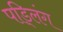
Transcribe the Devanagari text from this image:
पड्लिंग